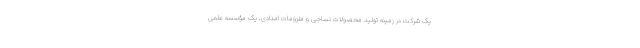
یک شرکت در زمینه تولید محصولات نساجی و ملزومات امدادی، یک مؤسسه علمی